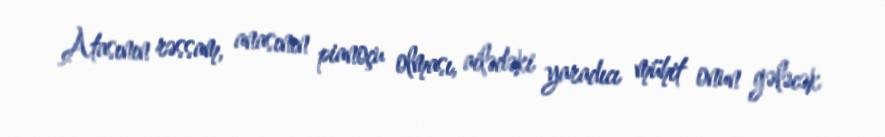
Atasının rəssam, anasının pianoçu olması, ailədəki yaradıcı mühit onun gələcək